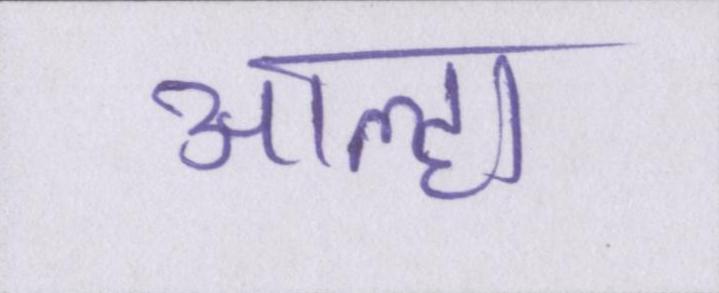
आल्हा